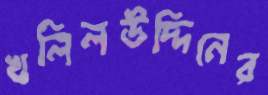
খলিলউদ্দিনের